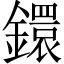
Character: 鐶